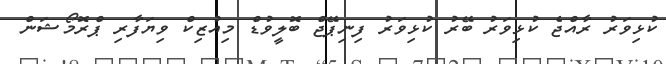
ކުޅިވަރު ރާއްޖެ ކުޅިވަރު ބޭރު ކުޅިވަރު ފިނިޕޭޖް ބޮލީވުޑް މިއުޒިކް ވިޔަފާރި ޕްރޮމޯޝަން